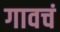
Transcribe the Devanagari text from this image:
गावचं